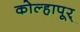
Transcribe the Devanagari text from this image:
कोल्हापूर्